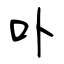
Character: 卟